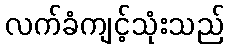
လက်ခံကျင့်သုံးသည်